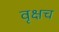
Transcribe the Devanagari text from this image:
वृक्षच